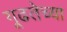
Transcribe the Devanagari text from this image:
गूढतेच्या